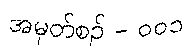
အမှတ်စဥ် - ၀၀၁